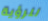
للرؤية